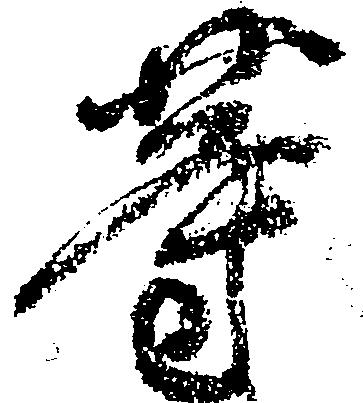
等